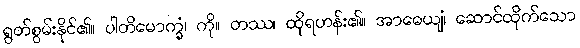
ရွတ်စွမ်းနိုင်၏။ ပါတိမောက္ခံ၊ ကို။ တဿ၊ ထိုရဟန်း၏။ အာဓေယျံ၊ ဆောင်ထိုက်သော